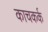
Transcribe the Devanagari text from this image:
काचकर्क